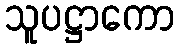
သူပဋ္ဌာကော